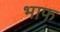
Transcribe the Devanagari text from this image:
भाफ